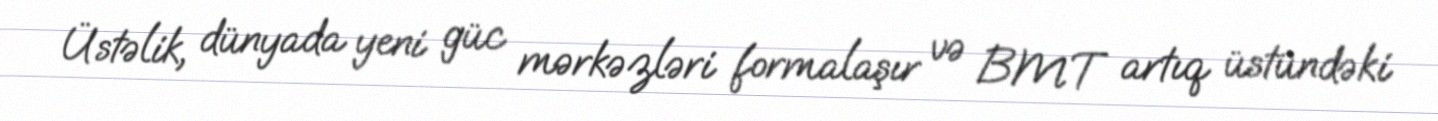
Üstəlik, dünyada yeni güc mərkəzləri formalaşır və BMT artıq üstündəki